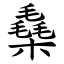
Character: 㯔